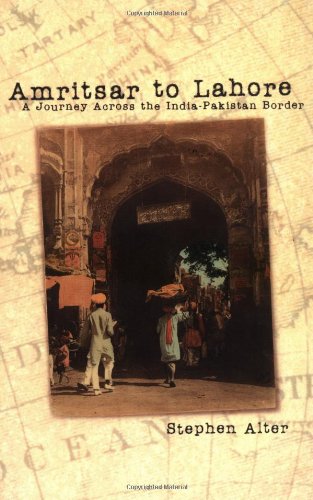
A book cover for Amritsar to Lahore: A Journey Across the India-Pakistan Border; Stephen Alter; Travel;